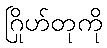
ဂြိုဟ်တုကို